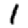
Digit: 1